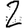
Digit: 2